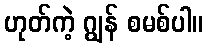
ဟုတ်ကဲ့ ဂျွန် စမစ်ပါ။